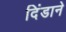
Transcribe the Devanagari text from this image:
दिंडाने